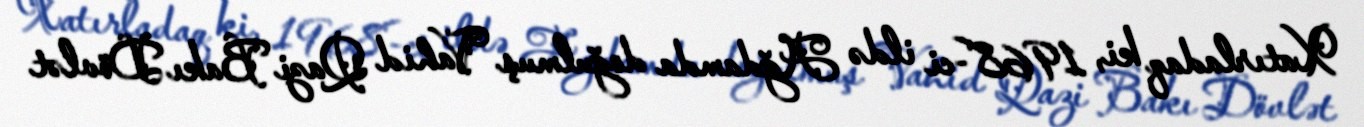
Xatırladaq ki, 1968-ci ildə Ağdamda doğulmuş Vahid Qazi Bakı Dövlət